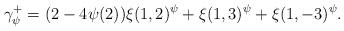
LaTeX: \begin{align*}\gamma_\psi^+ = (2-4\psi(2)) \xi(1,2)^\psi + \xi(1,3)^\psi + \xi(1,-3)^\psi.\end{align*}